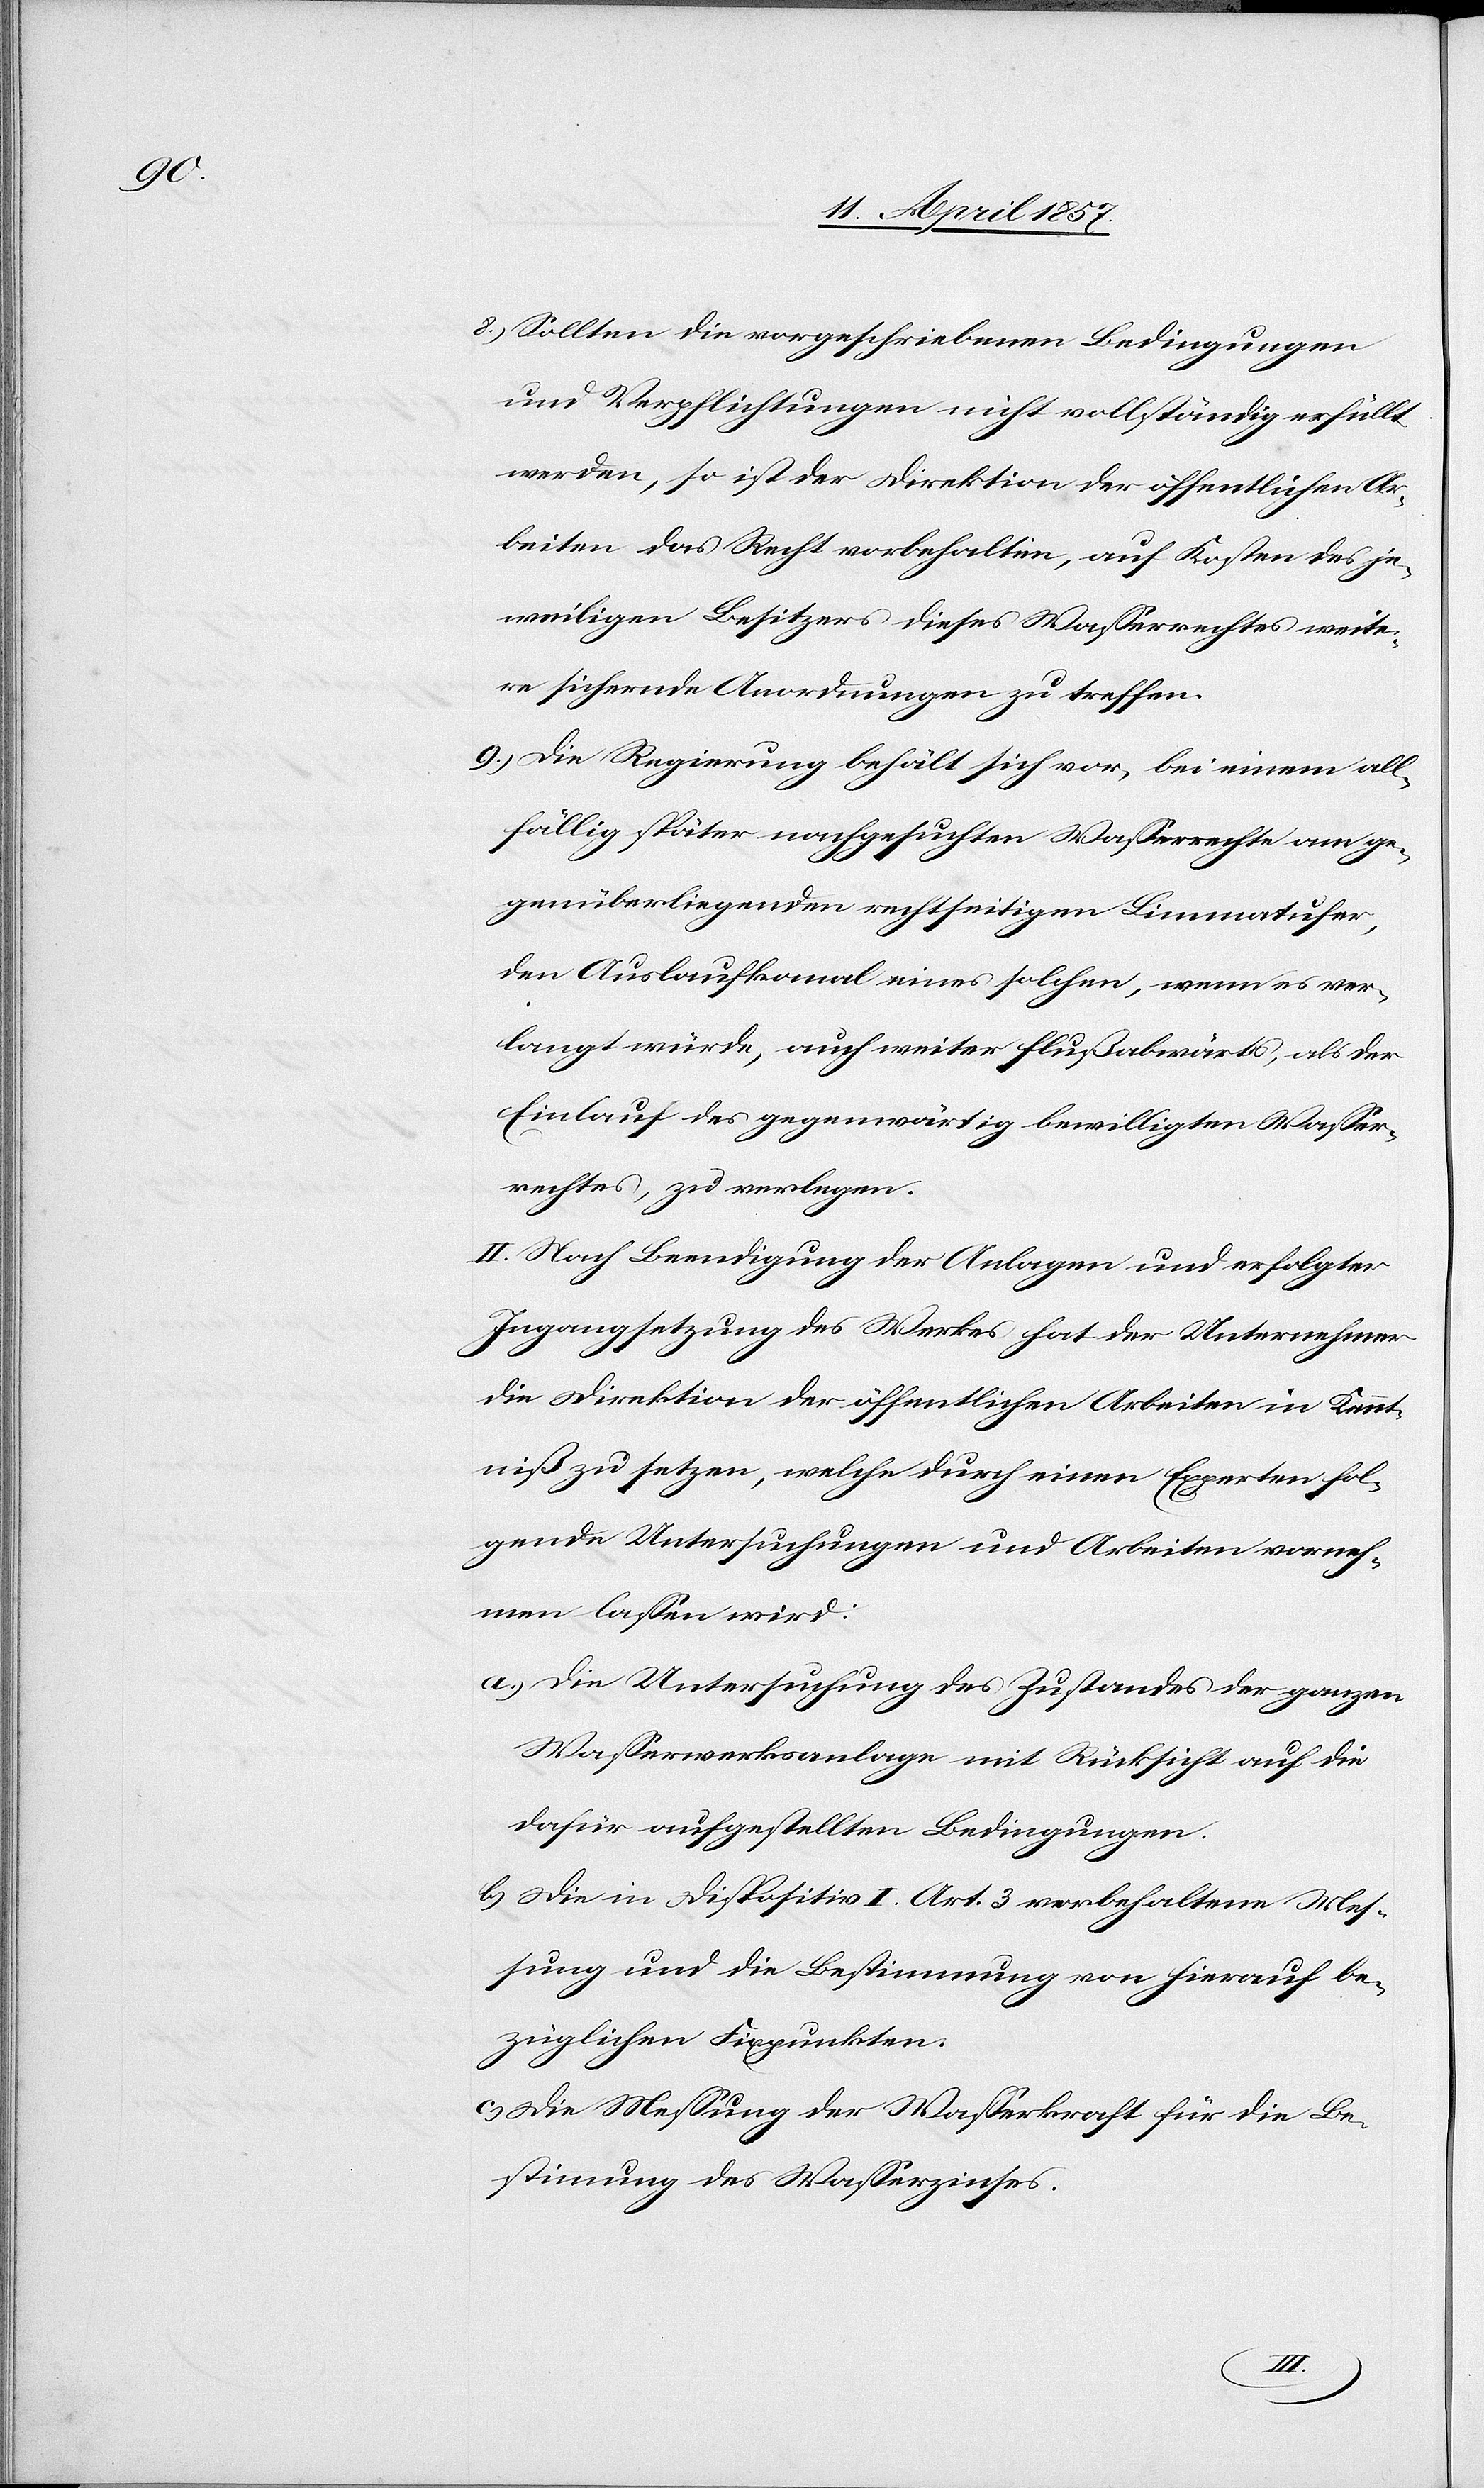
8.) Sollten die vorgeschriebenen Bedingungen
und Verpflichtungen nicht vollständig erfüllt
werden, so ist der Direktion der öffentlichen Ar¬
beiten das Recht vorbehalten, auf Kosten des je¬
weiligen Besitzers dieses Wasserrechtes weite¬
re sichernde Anordnungen zu treffen.
9.) Die Regierung behält sich vor, bei einem all¬
fällig später nachgesuchten Wasserrechte am ge¬
genüberliegenden rechtseitigen Limmatufer,
den Auslaufkanal eines solchen, wenn es ver¬
langt würde, auch weiter flußabwärts, als der
Einlauf des gegenwärtig bewilligten Wasser¬
rechtes, zu verlegen.
II. Nach Beendigung der Anlagen und erfolgter
Ingangsetzung des Werkes hat der Unternehmer
die Direktion der öffentlichen Arbeiten in Kennt¬
niß zu setzen, welche durch einen Experten fol¬
gende Untersuchungen und Arbeiten vorneh¬
men lassen wird:
a.) Die Untersuchung des Zustandes der ganzen
Wasserwerksanlage mit Rücksicht auf die
dafür aufgestellten Bedingungen.
b.) Die in Disposition I. Art. 3. vorbehaltene Mes¬
sung und die Bestimmung von hierauf be¬
züglichen Fixpunkten.
c.) Die Messung der Wasserkraft für die Be¬
stimmung des Wasserzinses.